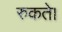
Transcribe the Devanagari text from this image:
रुकते।